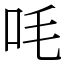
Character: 㕰